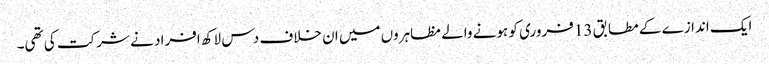
ایک اندازے کے مطابق 13 فروری کو ہونے والے مظاہروں میں ان خلاف دس لاکھ افراد نے شرکت کی تھی۔